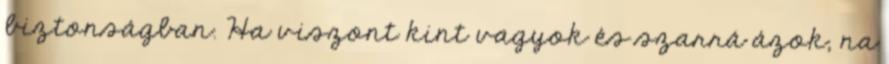
biztonságban. Ha viszont kint vagyok és szarrá ázok, na